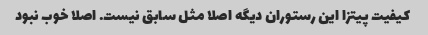
کیفیت پیتزا این رستوران دیگه اصلا مثل سابق نیست. اصلا خوب نبود